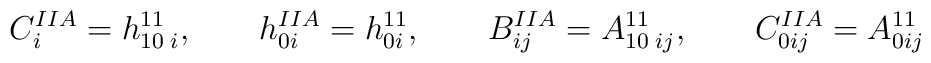
C^{IIA}_i = h^{11}_{10 \; i}, \qquad h^{IIA}_{0i} = h^{11}_{0i}, \qquad B^{IIA}_{ij} = A^{11}_{10\;ij}, \qquad C^{IIA}_{0ij} = A^{11}_{0ij}